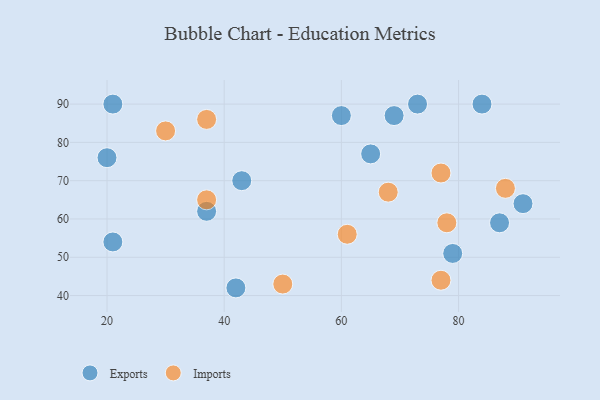
{"axis": {"x": "GDP", "y": "Life Expectancy"}, "legend": ["Exports", "Imports"], "data": [{"x": "65", "y": 77, "type": "Exports"}, {"x": "21", "y": 54, "type": "Exports"}, {"x": "42", "y": 42, "type": "Exports"}, {"x": "37", "y": 62, "type": "Exports"}, {"x": "79", "y": 51, "type": "Exports"}, {"x": "69", "y": 87, "type": "Exports"}, {"x": "21", "y": 90, "type": "Exports"}, {"x": "20", "y": 76, "type": "Exports"}, {"x": "60", "y": 87, "type": "Exports"}, {"x": "43", "y": 70, "type": "Exports"}, {"x": "87", "y": 59, "type": "Exports"}, {"x": "73", "y": 90, "type": "Exports"}, {"x": "91", "y": 64, "type": "Exports"}, {"x": "84", "y": 90, "type": "Exports"}, {"x": "77", "y": 72, "type": "Imports"}, {"x": "37", "y": 86, "type": "Imports"}, {"x": "50", "y": 43, "type": "Imports"}, {"x": "77", "y": 44, "type": "Imports"}, {"x": "88", "y": 68, "type": "Imports"}, {"x": "61", "y": 56, "type": "Imports"}, {"x": "37", "y": 65, "type": "Imports"}, {"x": "30", "y": 83, "type": "Imports"}, {"x": "78", "y": 59, "type": "Imports"}, {"x": "68", "y": 67, "type": "Imports"}]}